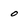
Character: 0